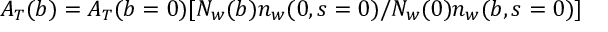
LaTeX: A _ { T } ( b ) = A _ { T } ( b = 0 ) [ N _ { w } ( b ) n _ { w } ( 0 , s = 0 ) / N _ { w } ( 0 ) n _ { w } ( b , s = 0 ) ]